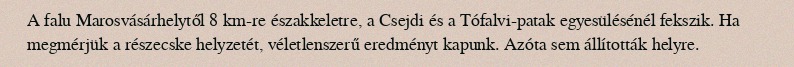
A falu Marosvásárhelytől 8 km-re északkeletre, a Csejdi és a Tófalvi-patak egyesülésénél fekszik. Ha megmérjük a részecske helyzetét, véletlenszerű eredményt kapunk. Azóta sem állították helyre.